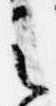
之